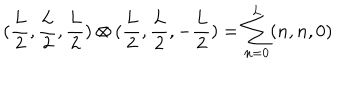
( \frac { L } { 2 } , \frac { L } { 2 } , \frac { L } { 2 } ) \otimes ( \frac { L } { 2 } , \frac { L } { 2 } , - \frac { L } { 2 } ) = \sum _ { n = 0 } ^ { L } ( n , n , 0 )